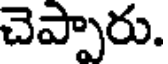
చెప్పారు.